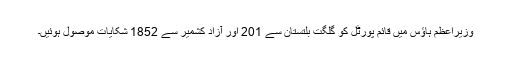
وزیراعظم ہاؤس میں قائم پورٹل کو گلگت بلتستان سے 201 اور آزاد کشمیر سے 1852 شکایات موصول ہوئیں۔